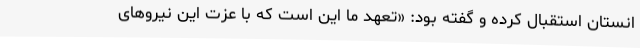
انستان استقبال کرده و گفته بود: «تعهد ما این است که با عزت این نیروهای